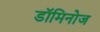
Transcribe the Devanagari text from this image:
डॉमिनोज